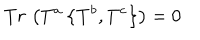
T r \, \left( T ^ { a } \left\{ T ^ { b } , T ^ { c } \right\} \right) = 0